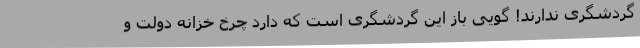
گردشگری ندارند! گویی باز این گردشگری است که دارد چرخ خزانه دولت و